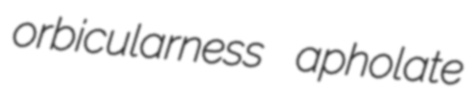
orbicularness apholate